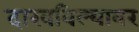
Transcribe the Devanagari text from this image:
दाखविल्यावर